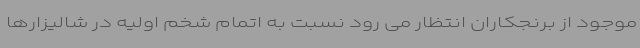
موجود از برنجکاران انتظار می رود نسبت به اتمام شخم اولیه در شالیزارها